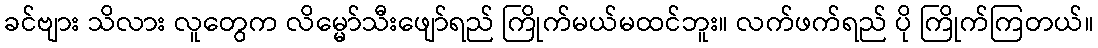
ခင်ဗျား သိလား လူတွေက လိမ္မော်သီးဖျော်ရည် ကြိုက်မယ်မထင်ဘူး။ လက်ဖက်ရည် ပို ကြိုက်ကြတယ်။